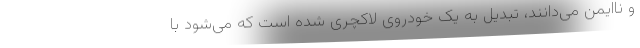
و ناایمن می‌دانند، تبدیل به یک خودروی لاکچری شده است که می‌شود با